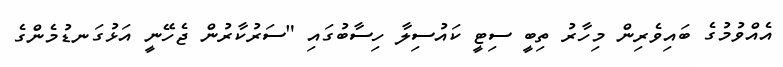
އެއްވުމުގެ ބައިވެރިން މިހާރު ތިބީ ސިޓީ ކައުސިލާ ހިސާބުގައި "ސަރުކާރުން ޖެހޭނީ އަޅުގަނޑުމެންގެ